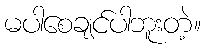
မပါစေချင်ပါဘူးတဲ့။